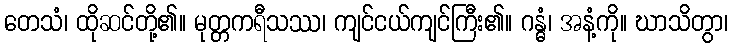
တေသံ၊ ထိုဆင်တို့၏။ မုတ္တကရီသဿ၊ ကျင်ငယ်ကျင်ကြီး၏။ ဂန္ဓံ၊ အနံ့ကို။ ဃာသိတွာ၊